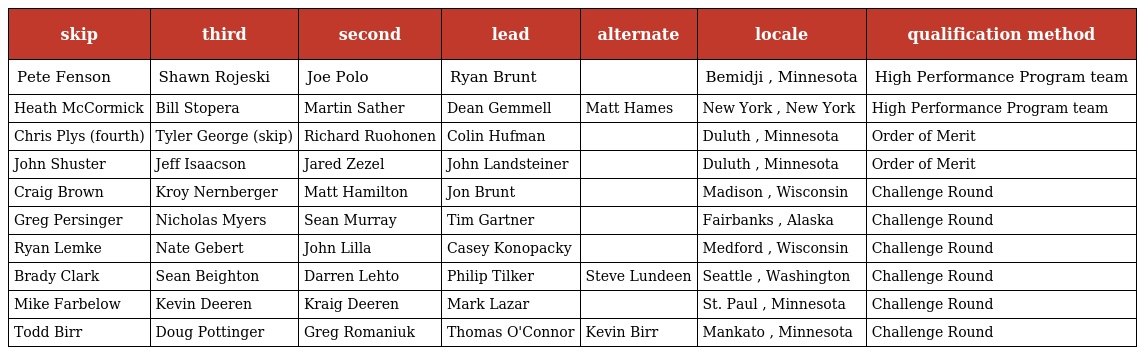
| skip | third | second | lead | alternate | locale | qualification method |
 | --- | --- | --- | --- | --- | --- | --- |
 | Pete Fenson | Shawn Rojeski | Joe Polo | Ryan Brunt |  | Bemidji , Minnesota | High Performance Program team |
 | Heath McCormick | Bill Stopera | Martin Sather | Dean Gemmell | Matt Hames | New York , New York | High Performance Program team |
 | Chris Plys (fourth) | Tyler George (skip) | Richard Ruohonen | Colin Hufman |  | Duluth , Minnesota | Order of Merit |
 | John Shuster | Jeff Isaacson | Jared Zezel | John Landsteiner |  | Duluth , Minnesota | Order of Merit |
 | Craig Brown | Kroy Nernberger | Matt Hamilton | Jon Brunt |  | Madison , Wisconsin | Challenge Round |
 | Greg Persinger | Nicholas Myers | Sean Murray | Tim Gartner |  | Fairbanks , Alaska | Challenge Round |
 | Ryan Lemke | Nate Gebert | John Lilla | Casey Konopacky |  | Medford , Wisconsin | Challenge Round |
 | Brady Clark | Sean Beighton | Darren Lehto | Philip Tilker | Steve Lundeen | Seattle , Washington | Challenge Round |
 | Mike Farbelow | Kevin Deeren | Kraig Deeren | Mark Lazar |  | St. Paul , Minnesota | Challenge Round |
 | Todd Birr | Doug Pottinger | Greg Romaniuk | Thomas O'Connor | Kevin Birr | Mankato , Minnesota | Challenge Round |